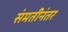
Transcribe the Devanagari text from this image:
संमतीनंतर